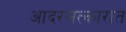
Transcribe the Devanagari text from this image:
आदरसत्कारात